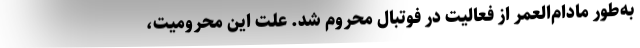
به‌طور مادام‌العمر از فعالیت در فوتبال محروم شد. علت این محرومیت،